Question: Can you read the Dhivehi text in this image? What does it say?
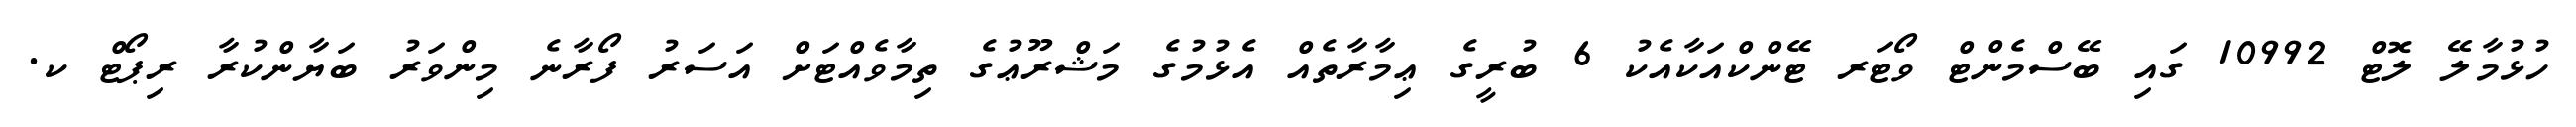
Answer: ހުޅުމާލޭ ލޮޓް 10992 ގައި ބޭސްމެންޓް ވޯޓަރ ޓޭންކްއަކާއެކު 6 ބުރީގެ ޢިމާރާތެއް އެޅުމުގެ މަޝްރޫޢުގެ ތިމާވެއްޓަށް އަސަރު ފޯރާނެ މިންވަރު ބަޔާންކުރާ ރިޕޯޓް ކ.